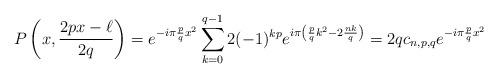
\begin{align*}P\left(x,\frac{2px-\ell}{2q}\right)= e^{-i\pi \frac{p}{q} x^2}\sum_{k=0}^{q-1} 2(-1)^{kp} e^{i\pi \left( \frac{p}{q} k^2 - 2\frac{n k}{q} \right)} =2q c_{n,p,q}e^{-i\pi \frac{p}{q} x^2}\end{align*}